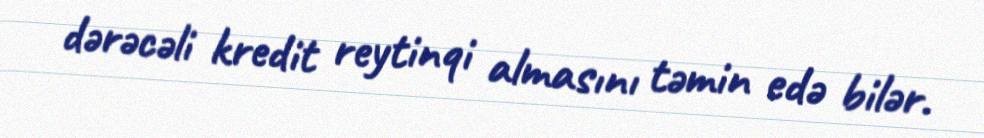
dərəcəli kredit reytinqi almasını təmin edə bilər.